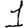
Digit: 1